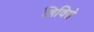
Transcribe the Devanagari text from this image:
शिविरो